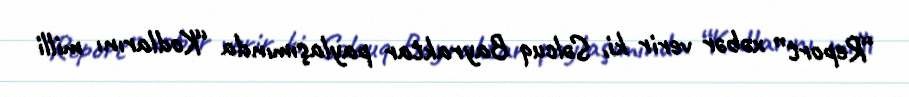
“Report” xəbər verir ki, Səlcuq Bayraktar paylaşımında “Kodlarını milli